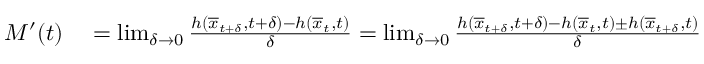
\begin{array} { r l } { M ^ { \prime } ( t ) } & { { } = \operatorname* { l i m } _ { \delta \rightarrow 0 } \frac { h ( \overline { { x } } _ { t + \delta } , t + \delta ) - h ( \overline { { x } } _ { t } , t ) } { \delta } = \operatorname* { l i m } _ { \delta \rightarrow 0 } \frac { h ( \overline { { x } } _ { t + \delta } , t + \delta ) - h ( \overline { { x } } _ { t } , t ) \pm h ( \overline { { x } } _ { t + \delta } , t ) } { \delta } } \end{array}